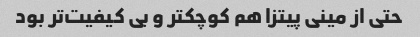
حتی از مینی پیتزا هم کوچکتر و بی کیفیت‌تر بود